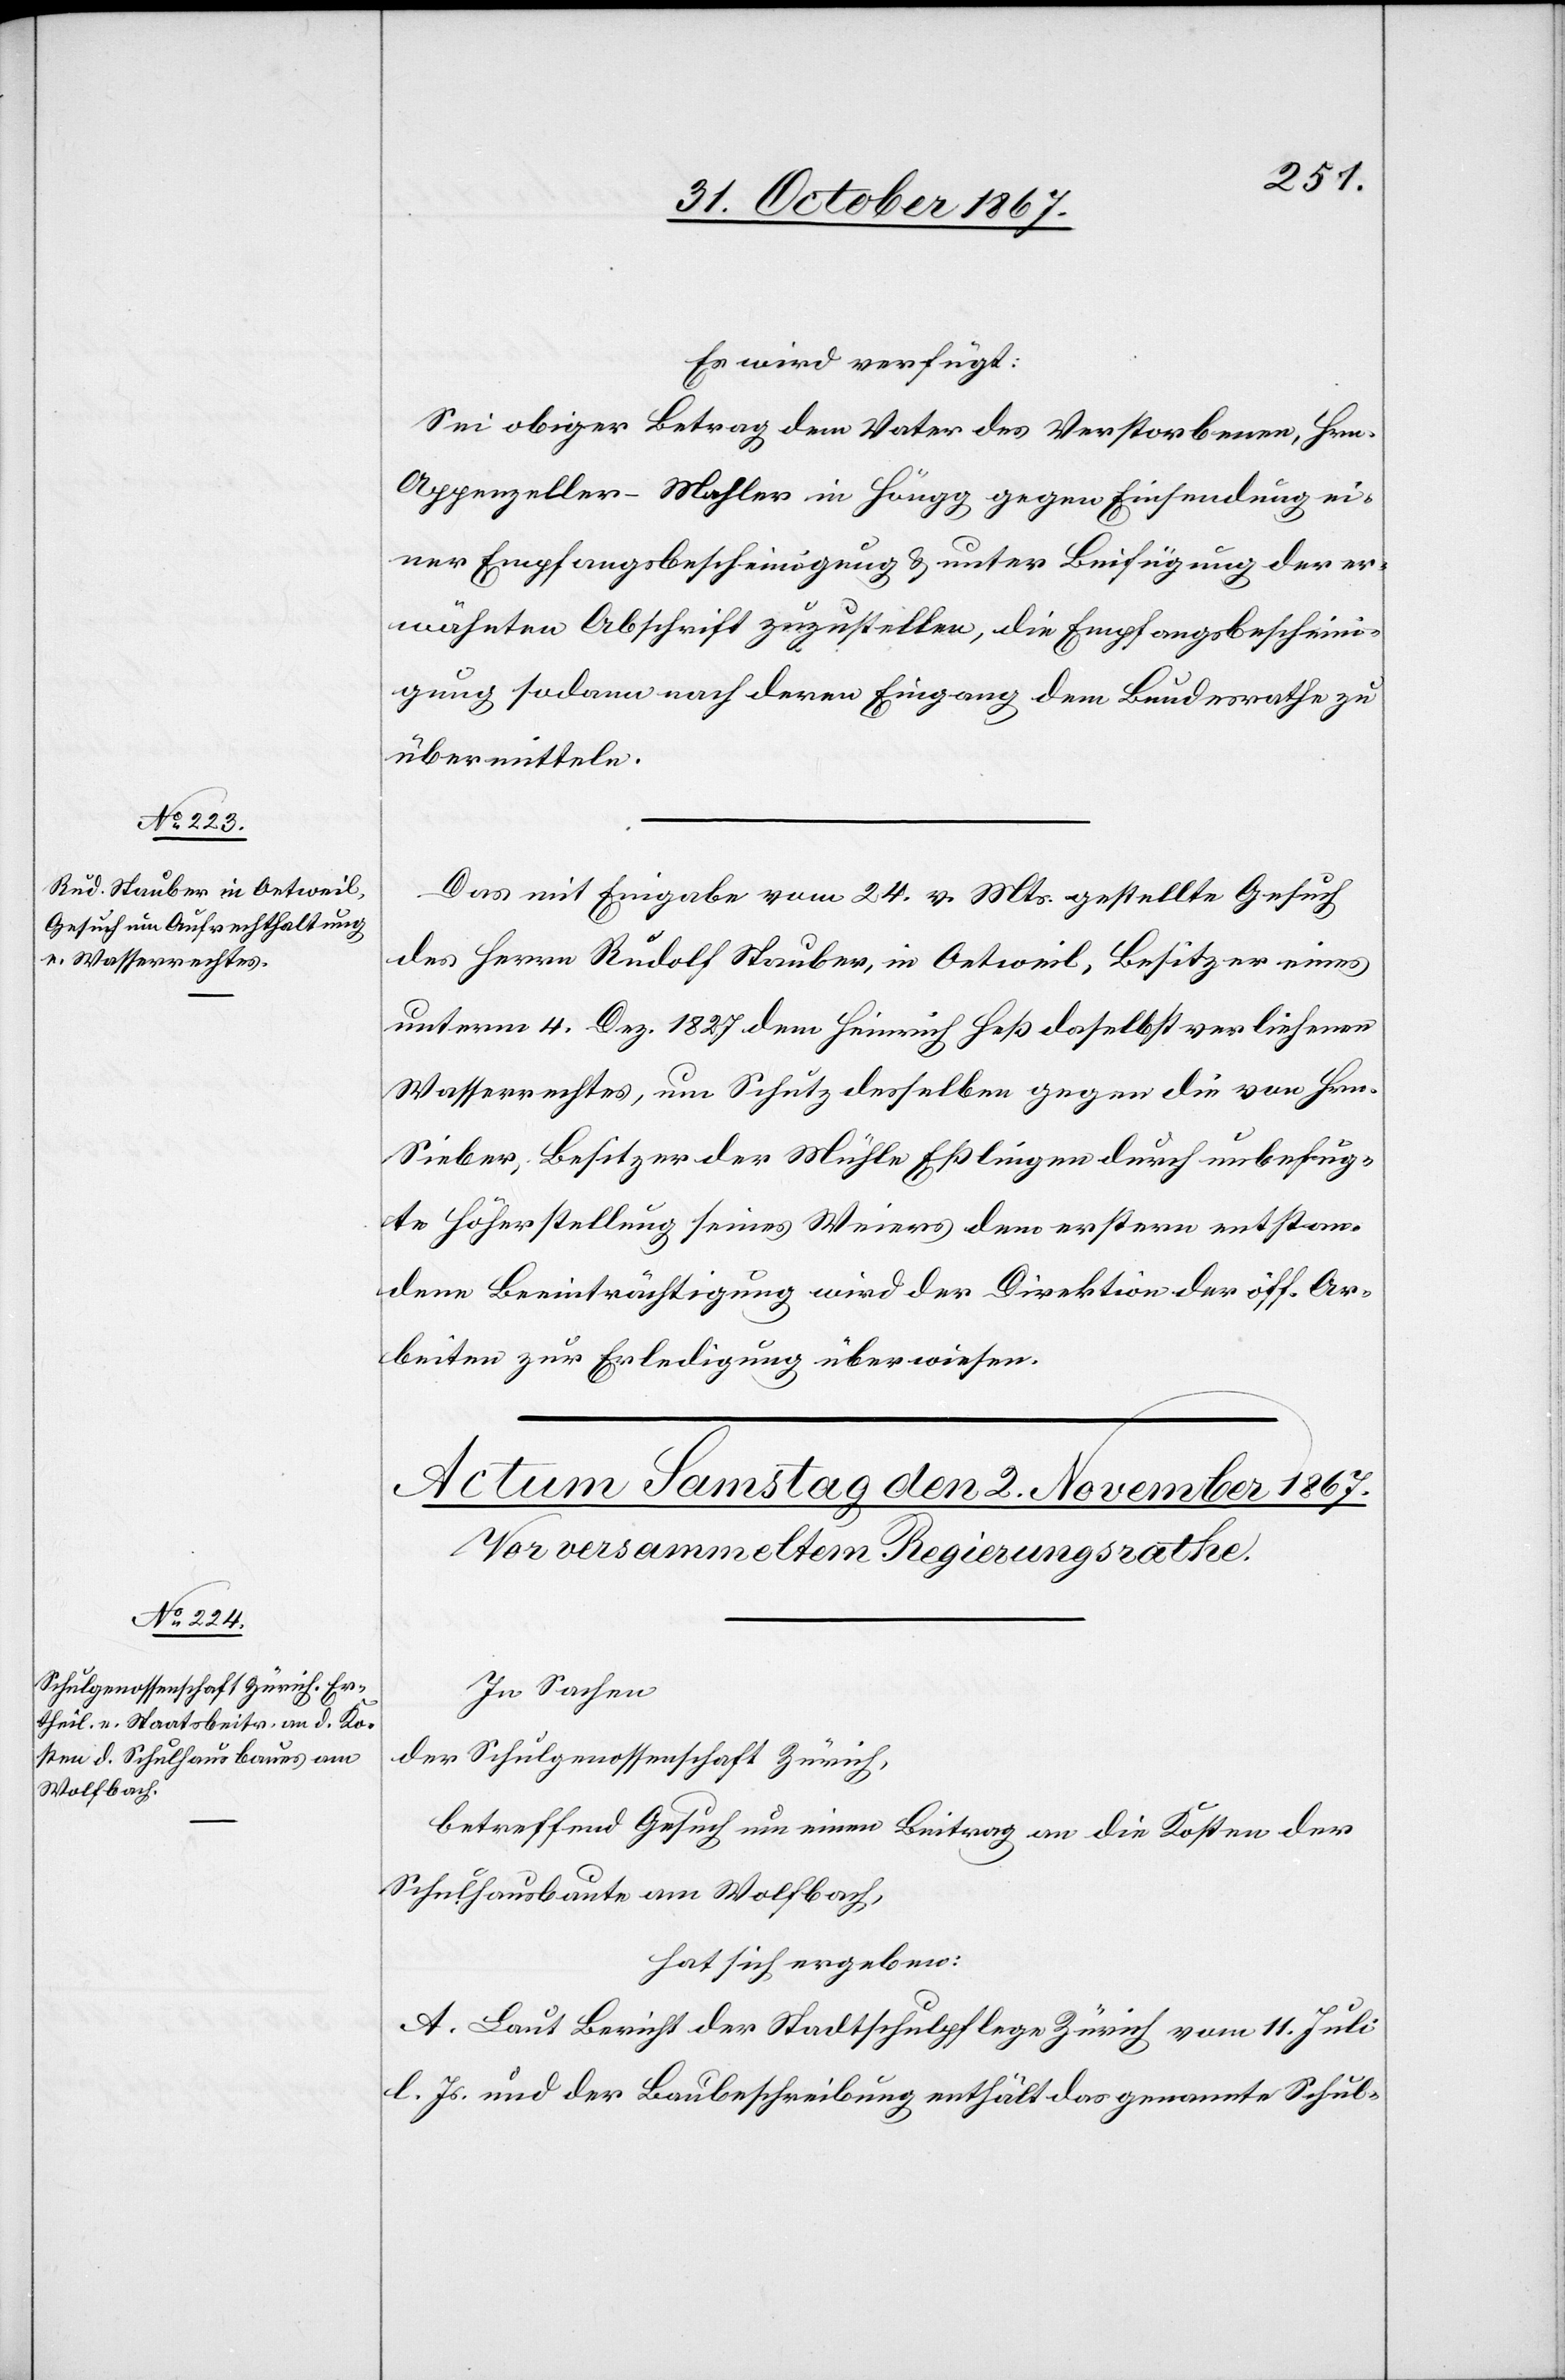
1. November 1867.]
Es wird verfügt:
Sei obiger Betrag dem Vater des Verstorbenen, Hrn.
Appenzeller-Mehler in Höngg, gegen Einsendung ei¬
ner Empfangsbescheinigung u. unter Beifügung der er¬
wähnten Abschrift zuzustellen, die Empfangsbescheini¬
gung sodann nach deren Eingang dem Bundesrathe zu
übermitteln.
Das mit Eingabe vom 24. v. Mts. gestellte Gesuch
des Herrn Rudolf Stauber, in Oetweil, Besitzer eines
unterm 4. Dez. 1827 dem Heinrich Heß daselbst verliehenen
Wasserrechtes, um Schutz desselben gegen die von Hrn.
Sieber, Besitzer der Mühle Eßlingen durch unbefug¬
te Höherstellung seines Weiers dem erstern entstan¬
dene Beeinträchtigung wird der Direktion der öff. Ar¬
beiten zur Erledigung überwiesen.
In Sachen
der Schulgenossenschaft Zürich,
betreffend Gesuch um einen Beitrag an die Kosten der
Schulhausbaute am Wolfbach,
hat sich ergeben:
A. Laut Bericht der Stadtschulpflege Zürich vom 11. Juli
l. Js. und der Baubeschreibung enthält das genannte Schul-